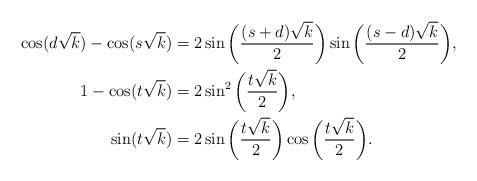
LaTeX: \begin{align*} \cos(d\sqrt{k})-\cos(s\sqrt{k}) & = 2\sin\bigg(\frac{(s+d)\sqrt{k}}{2} \bigg) \sin\bigg(\frac{(s-d)\sqrt{k}}{2}\bigg) , \\ 1 - \cos(t\sqrt{k}) & = 2\sin^2\bigg( \frac{t\sqrt{k}}{2} \bigg) , \\ \sin(t\sqrt{k}) & = 2\sin\bigg( \frac{t\sqrt{k}}{2} \bigg) \cos\bigg( \frac{t\sqrt{k}}{2} \bigg) . \end{align*}